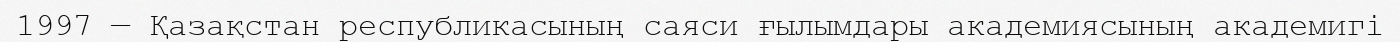
1997 — Қазақстан республикасының саяси ғылымдары академиясының академигі